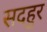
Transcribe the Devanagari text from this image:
सदहुर